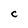
Character: C